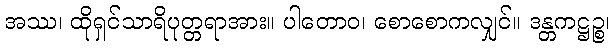
အဿ၊ ထိုရှင်သာရိပုတ္တရာအား။ ပါတောဝ၊ စောစောကလျှင်။ ဒန္တကဋ္ဌဉ္စ၊